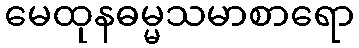
မေထုနဓမ္မသမာစာရော